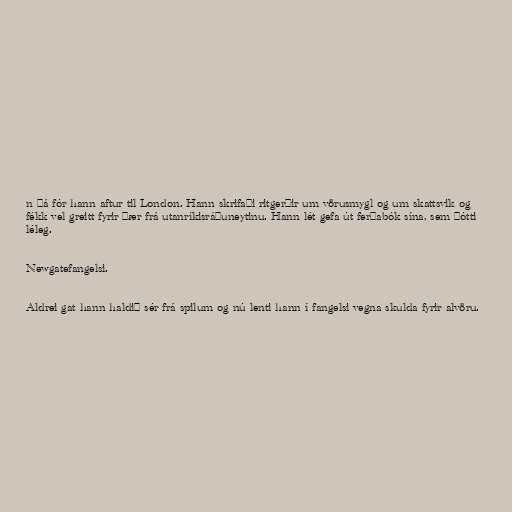
n þá fór hann aftur til London. Hann skrifaði ritgerðir um vörusmygl og um skattsvik og
fékk vel greitt fyrir þær frá utanríkisráðuneytinu. Hann lét gefa út ferðabók sína, sem þótti
léleg.

Newgatefangelsi.

Aldrei gat hann haldið sér frá spilum og nú lenti hann í fangelsi vegna skulda fyrir alvöru.